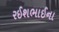
રઈશભાઈના